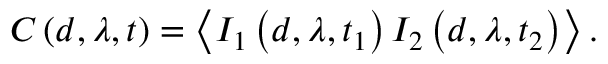
C \left( d , \lambda , t \right) = \left\langle I _ { 1 } \left( d , \lambda , t _ { 1 } \right) I _ { 2 } \left( d , \lambda , t _ { 2 } \right) \right\rangle .